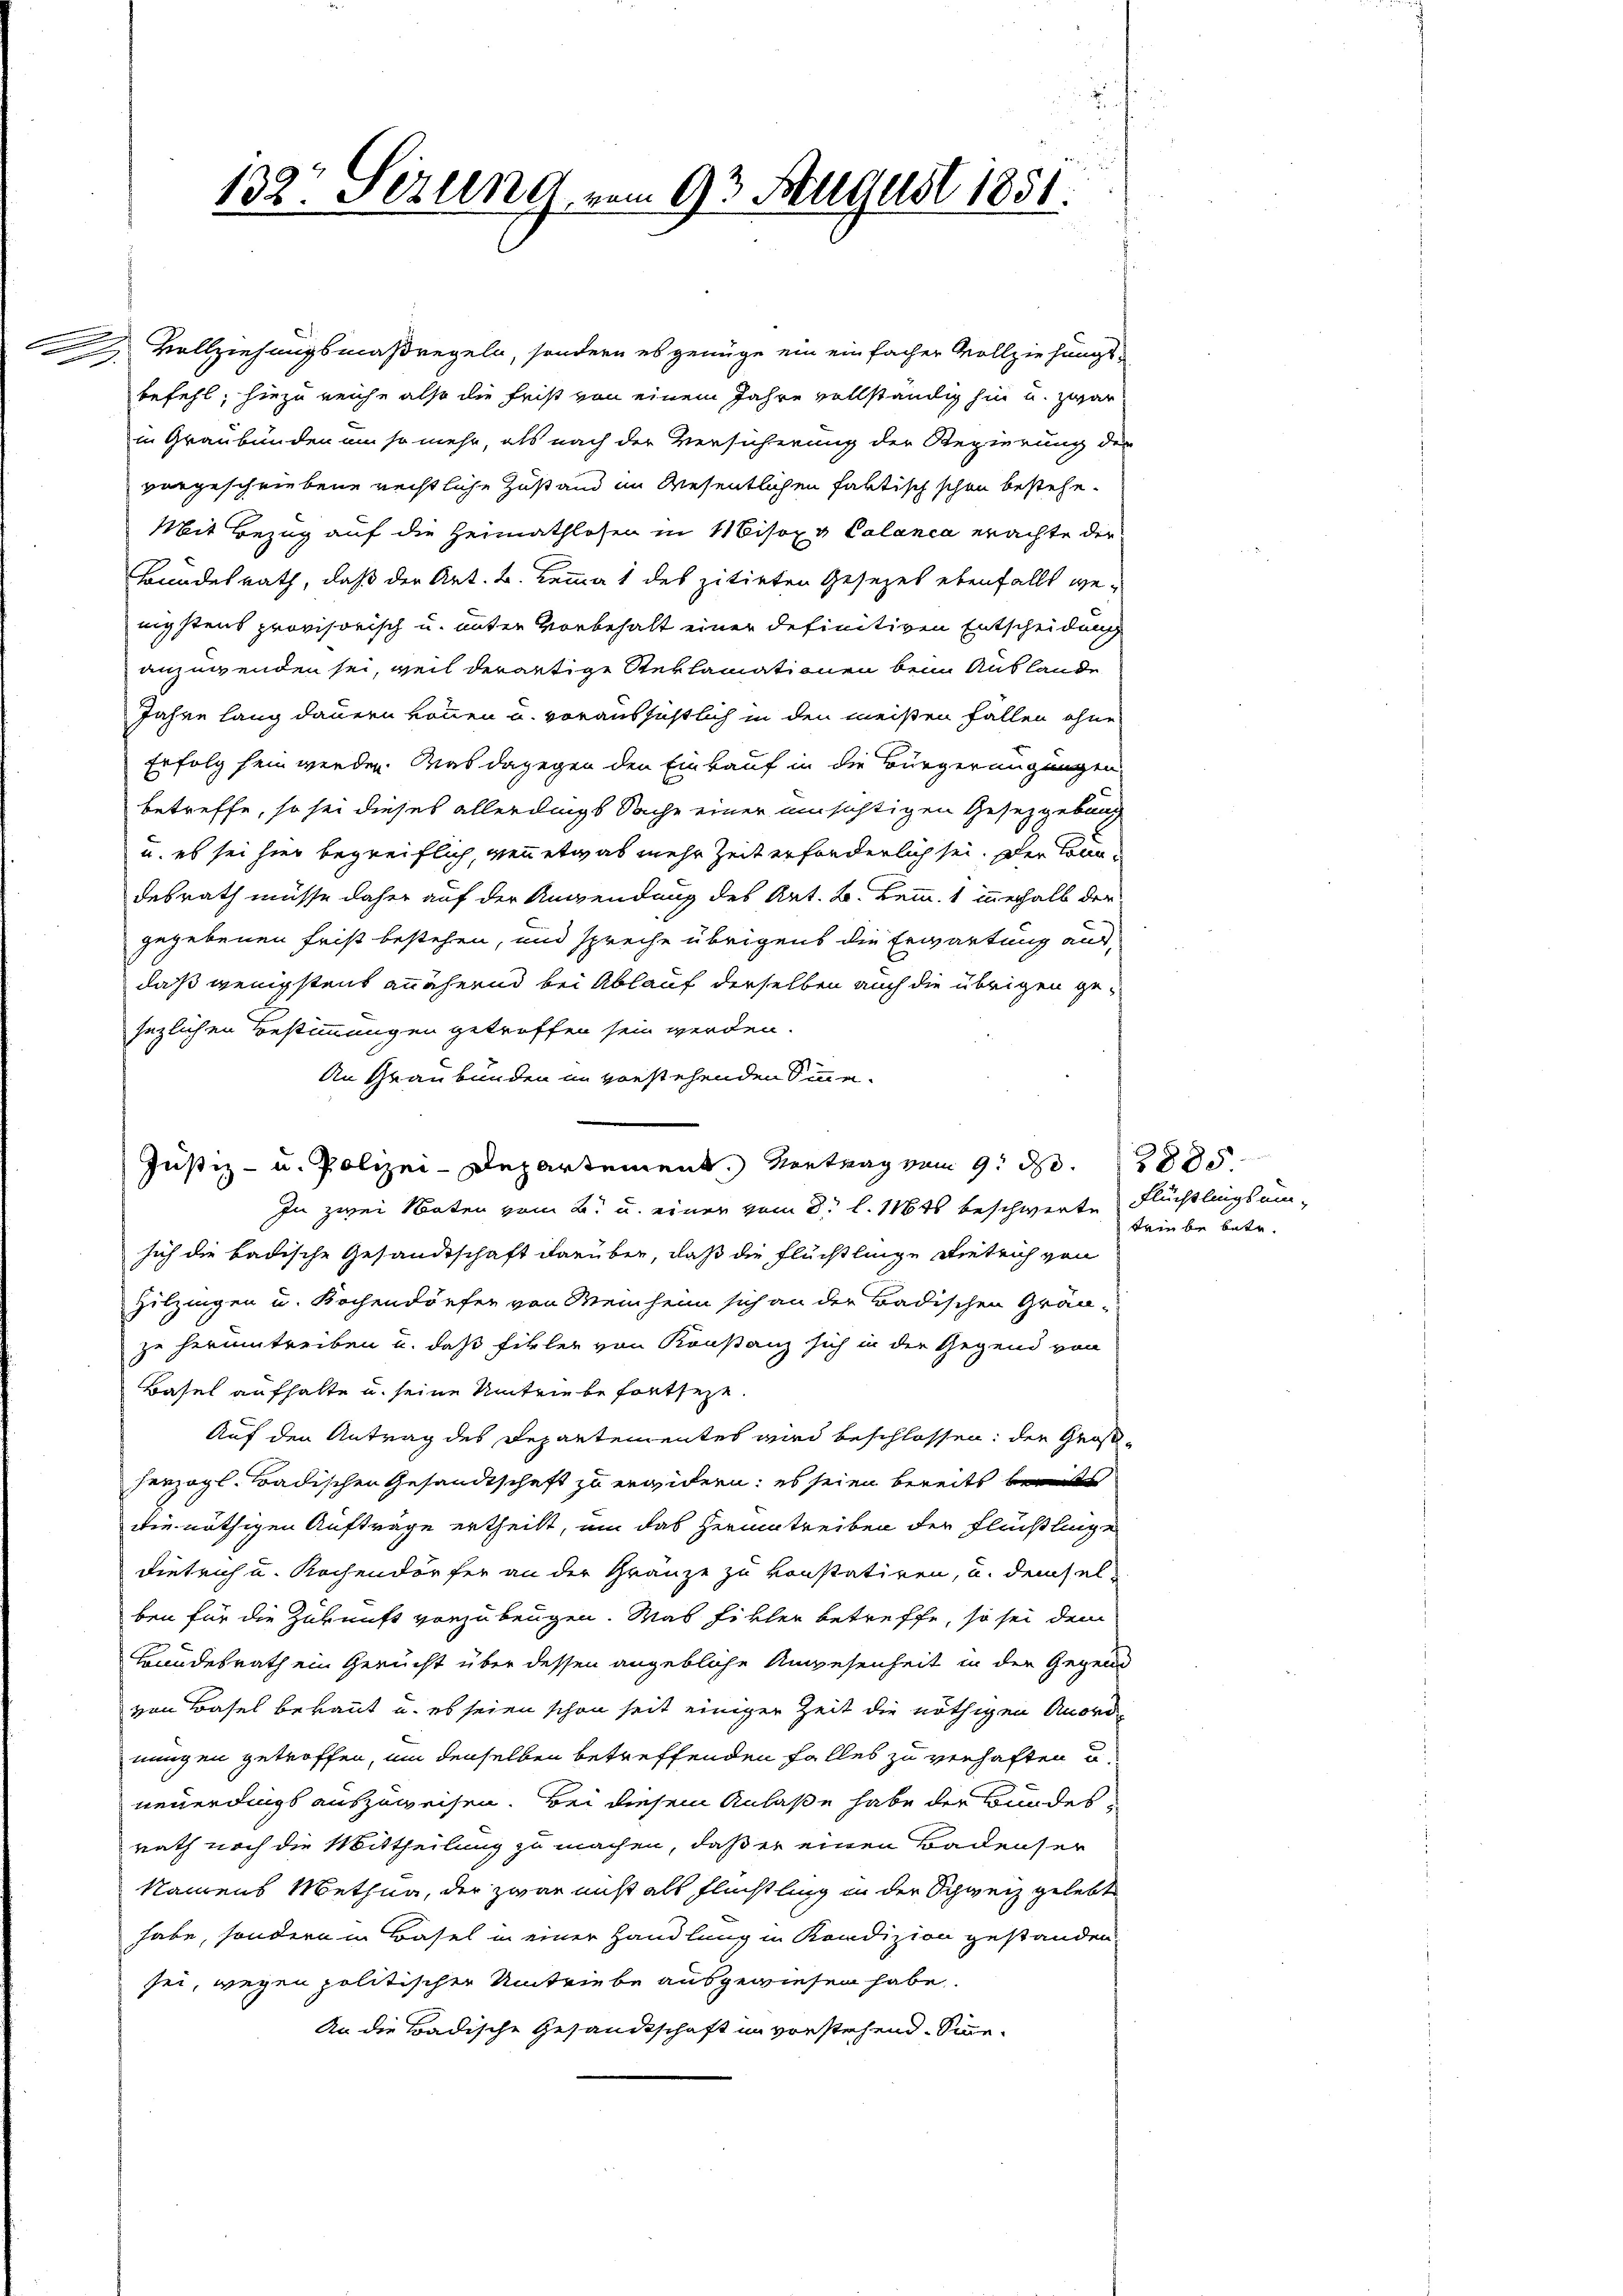
.

132. Gesung vom 93 August 1851.

s
Vollziehungsmaßregeln, sondern es genüge ein einfacher Vollziehungs-
befehl, hiezu reiche also die Frist von einem Jahre vollständig hin u. zwar
in Graubünden um so mehr, als nach der Versicherung der Regierung der
vorgeschriebene rechtliche Zustand im Wesentlichen faktisch schon bestehe.
Mit Bezug auf die Heimathlosen in Misoxv Calanca erachte der
Bundesrath, daß der Art. B. Lemma 1 des zitirten Gesetzes ebenfalls wenigstens provisorisch u. unter Vorbehalt einer definitiven Entscheidung
anzuwenden sei, weil derartige Reklamationen beim Auslande
Jahre lang dauern können u. voraussichtlich in den meisten Fällen ohne
Erfolg sein werden. Was dagegen den Einkauf in die Bürgeringungen
betreffe, so sei dieses allerdings Sache einer umsichtigen Gesetzgebung
u. es sei hier begreiflich, wenn etwas mehr Zeit erforderlich sei. Der konndesrath müsse daher auf der Anwendung des Art. B. kemm. 1 innerhalb der
gegebenen Frist bestehen, und spreche übrigens die Erwartung aus,
daß wenigstens annähernd bei Ablauf derselben auch die übrigen gesezlichen Bestimmungen getroffen sein werden.
An Graubünden im vorstehenden Sinne¬
Justiz- u. Polizei-Departement. Vortrag vom 9. d. 2885.
In zwei Noten vom 2. u. einer vom 3. l. 116ts beschwerte Flüchtlingsumsich die badische Gesandtschaft darüber, daß die Flüchtlinge Dietrich von
Zitzingen u. Kochendorfer von Meinheim sich an der Badischen Grän-
zu herumtreiben u. daß fikler von Konstanz sich in der Gegend von
Basel aufhalte u. seine Umtriebe fortsezt.
Auf den Antrag des Departementes wird beschlossen: der Großherzogl. Badischen Gesandtschaft zu erwidern; es seien bereits bereits
die nöthigen Aufträge ertheilt, um das Herumtreiben der Flühlinge
Dietrich u. Kochendorfer an der Gränze zu konstatiren, u. demsel-
ben für die Zukunft vorzubeugen. Was fikler betreffe, so sei dem
Bundesrath ein Gericht über dessen angebliche Anwesenheit in der Gegend
von Basel bekannt u. es seien schon seit einiger Zeit die nöthigen Anordnungen getroffen, um denselben betreffenden Falles zu verhaften u
neuerdings auszuweisen. Bei diesem Anlaße habe der Bundes
rath noch die Mittheilung zu machen, daß er einen Badenser
Namens Methun, der zwar nicht als Flüchtling in der Schweiz gelebt
habe, sondern in Basel in einer Handlung in Kondizion gestanden,
sei, wegen politischer Umtriebe ausgewiesen habe.
An die Badische Gesandtschaft im vorstehend. Sinne

triebe betr.